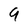
Character: 9